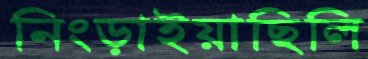
নিংড়াইয়াছিলি